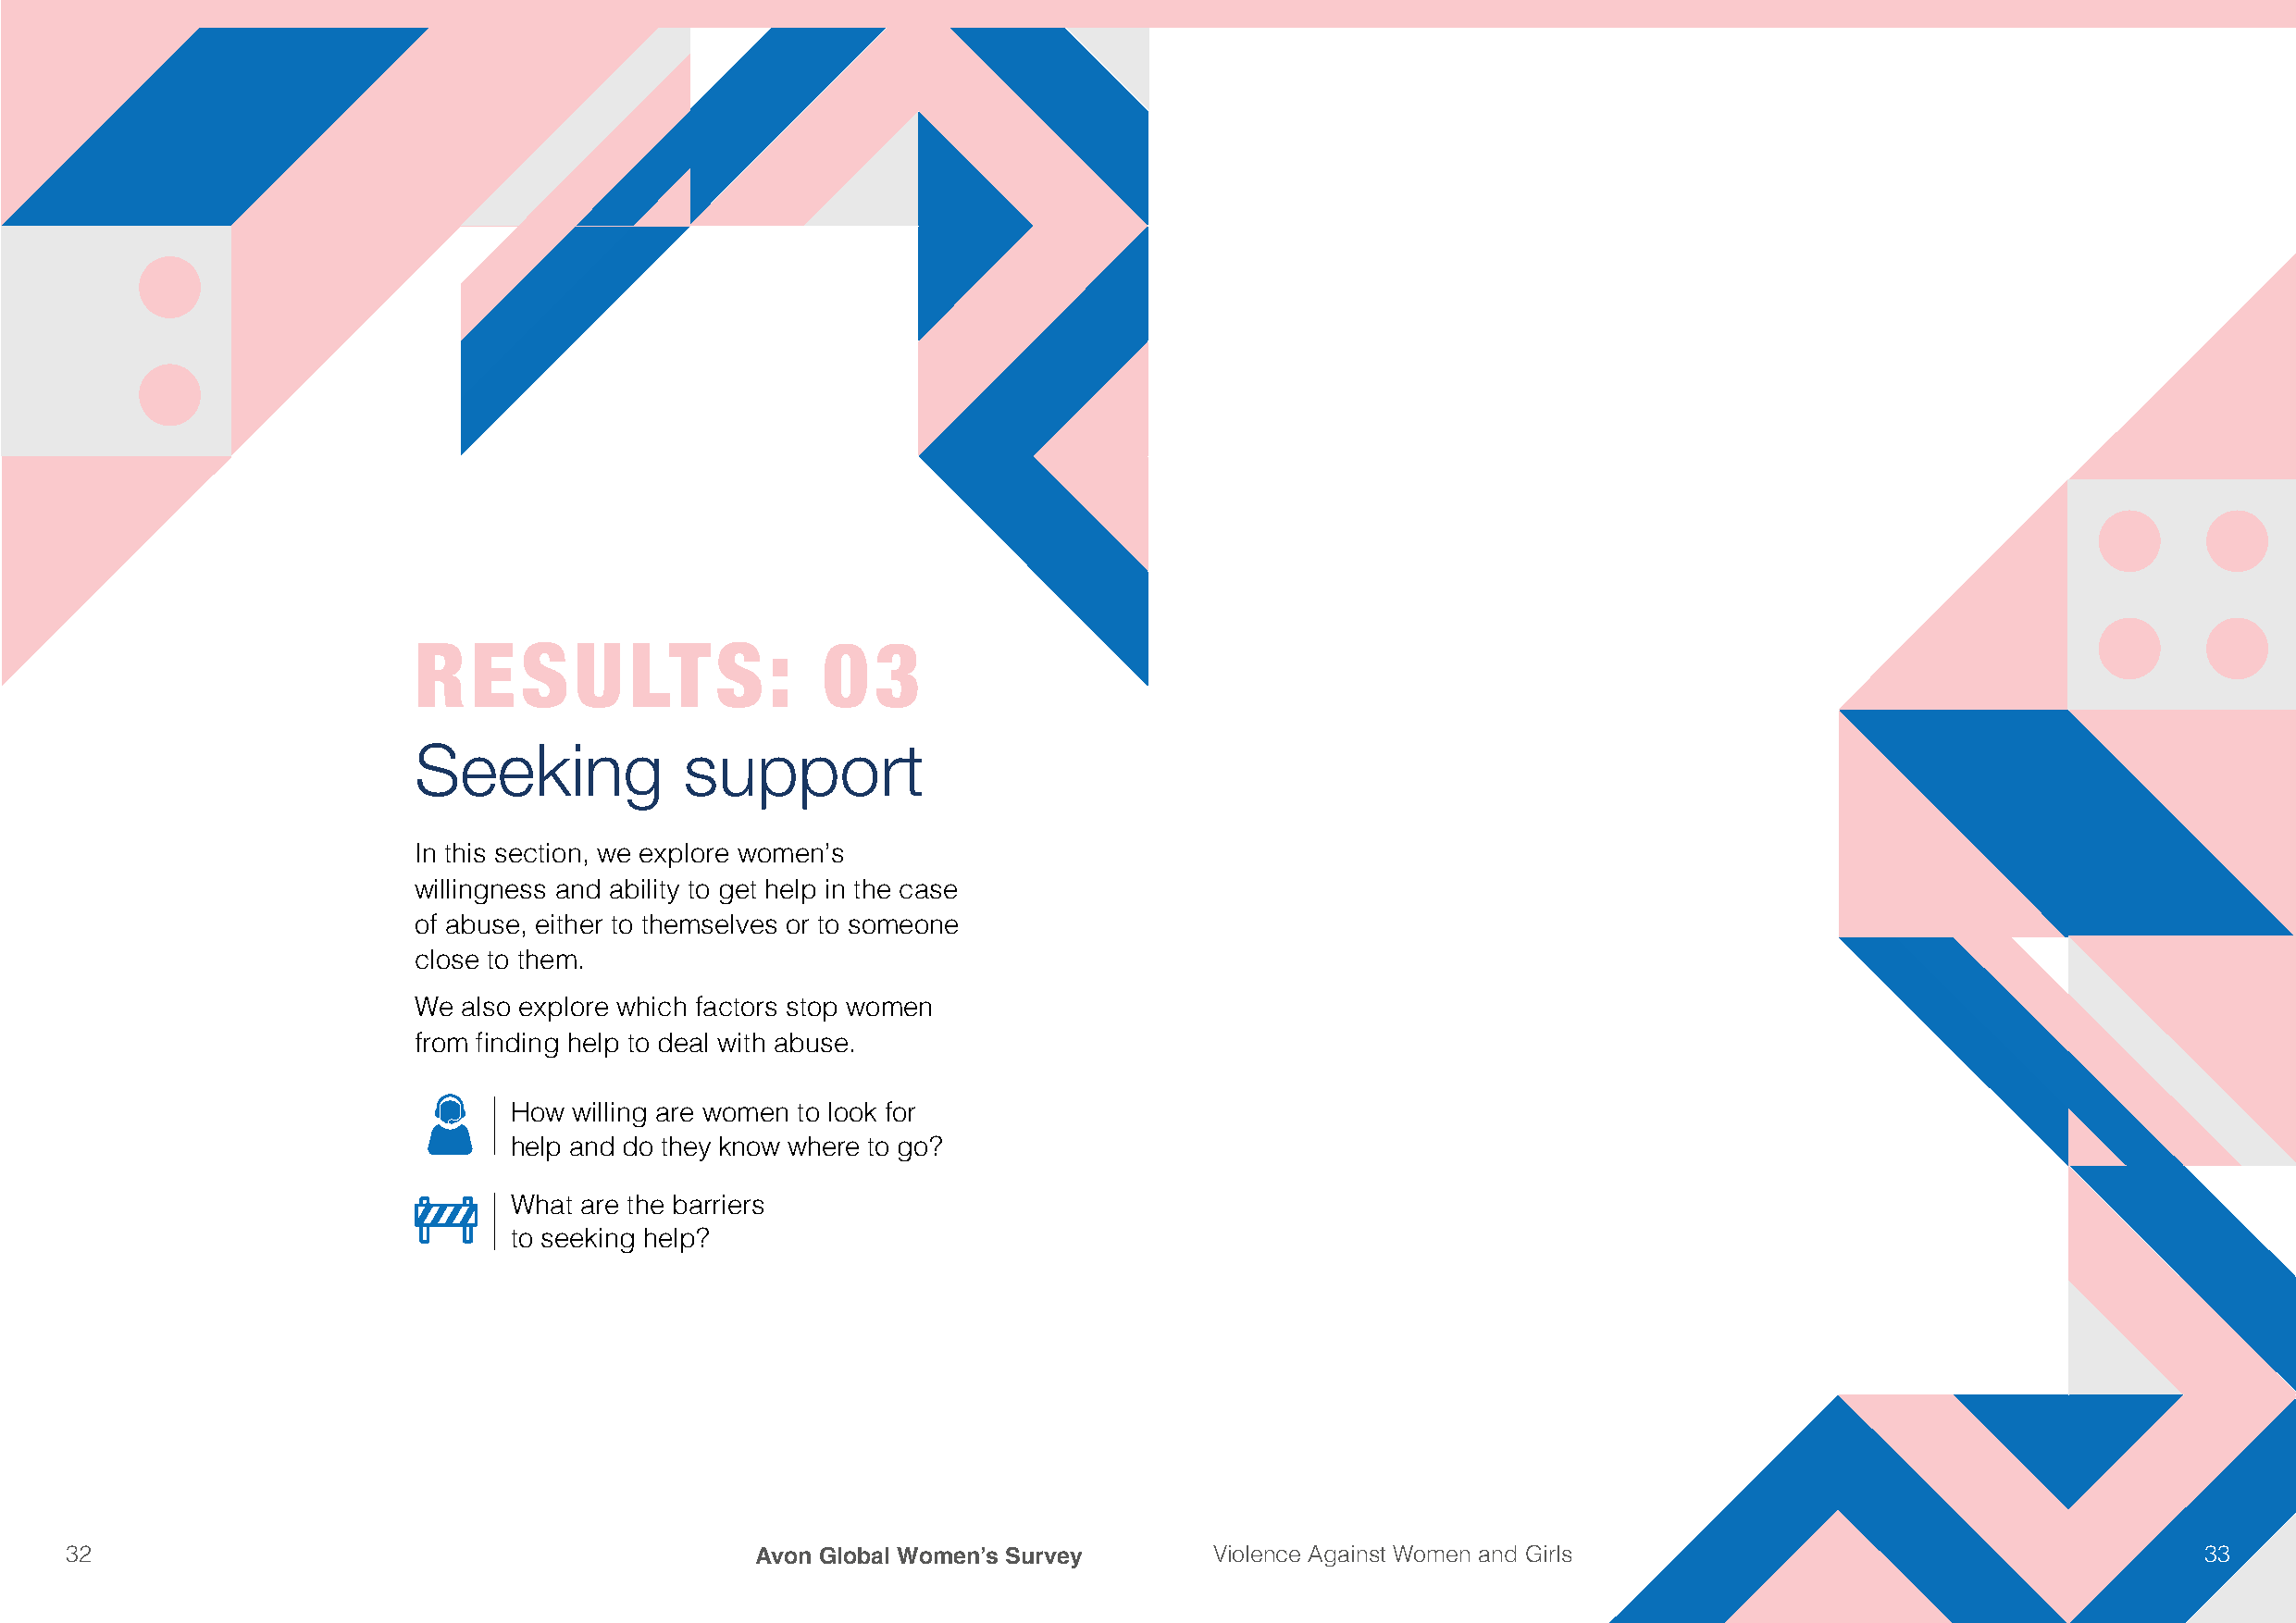
RESULTS:                     03
 Seeking            support
 In this section, we explore women’s
 willingness and ability to get help in the case
 of abuse, either to themselves or to someone
 close to them.
 We also explore which factors stop women
 from finding help to deal with abuse.
 How willing are women to look for
 help and do they know where to go?
 What are the barriers
 to seeking help?
 32                                               Avon Global Women’s Survey       Violence Against Women and Girls                                       33